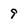
Character: 9